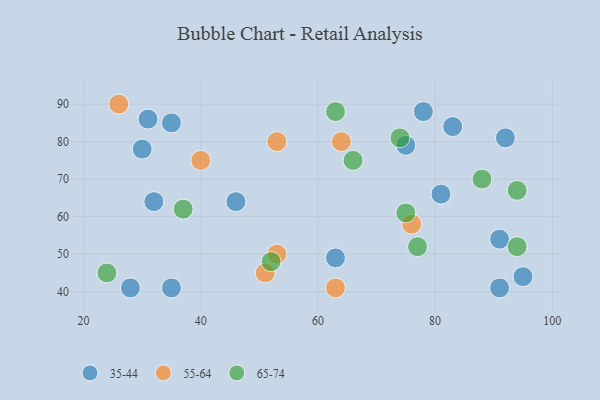
{"axis": {"x": "GDP", "y": "Life Expectancy"}, "legend": ["35-44", "55-64", "65-74"], "data": [{"x": "31", "y": 86, "type": "35-44"}, {"x": "91", "y": 41, "type": "35-44"}, {"x": "28", "y": 41, "type": "35-44"}, {"x": "35", "y": 41, "type": "35-44"}, {"x": "35", "y": 85, "type": "35-44"}, {"x": "83", "y": 84, "type": "35-44"}, {"x": "30", "y": 78, "type": "35-44"}, {"x": "95", "y": 44, "type": "35-44"}, {"x": "63", "y": 49, "type": "35-44"}, {"x": "91", "y": 54, "type": "35-44"}, {"x": "46", "y": 64, "type": "35-44"}, {"x": "32", "y": 64, "type": "35-44"}, {"x": "92", "y": 81, "type": "35-44"}, {"x": "75", "y": 79, "type": "35-44"}, {"x": "78", "y": 88, "type": "35-44"}, {"x": "81", "y": 66, "type": "35-44"}, {"x": "40", "y": 75, "type": "55-64"}, {"x": "64", "y": 80, "type": "55-64"}, {"x": "26", "y": 90, "type": "55-64"}, {"x": "53", "y": 50, "type": "55-64"}, {"x": "53", "y": 80, "type": "55-64"}, {"x": "63", "y": 41, "type": "55-64"}, {"x": "76", "y": 58, "type": "55-64"}, {"x": "51", "y": 45, "type": "55-64"}, {"x": "94", "y": 67, "type": "65-74"}, {"x": "74", "y": 81, "type": "65-74"}, {"x": "52", "y": 48, "type": "65-74"}, {"x": "66", "y": 75, "type": "65-74"}, {"x": "75", "y": 61, "type": "65-74"}, {"x": "88", "y": 70, "type": "65-74"}, {"x": "94", "y": 52, "type": "65-74"}, {"x": "77", "y": 52, "type": "65-74"}, {"x": "37", "y": 62, "type": "65-74"}, {"x": "63", "y": 88, "type": "65-74"}, {"x": "24", "y": 45, "type": "65-74"}]}